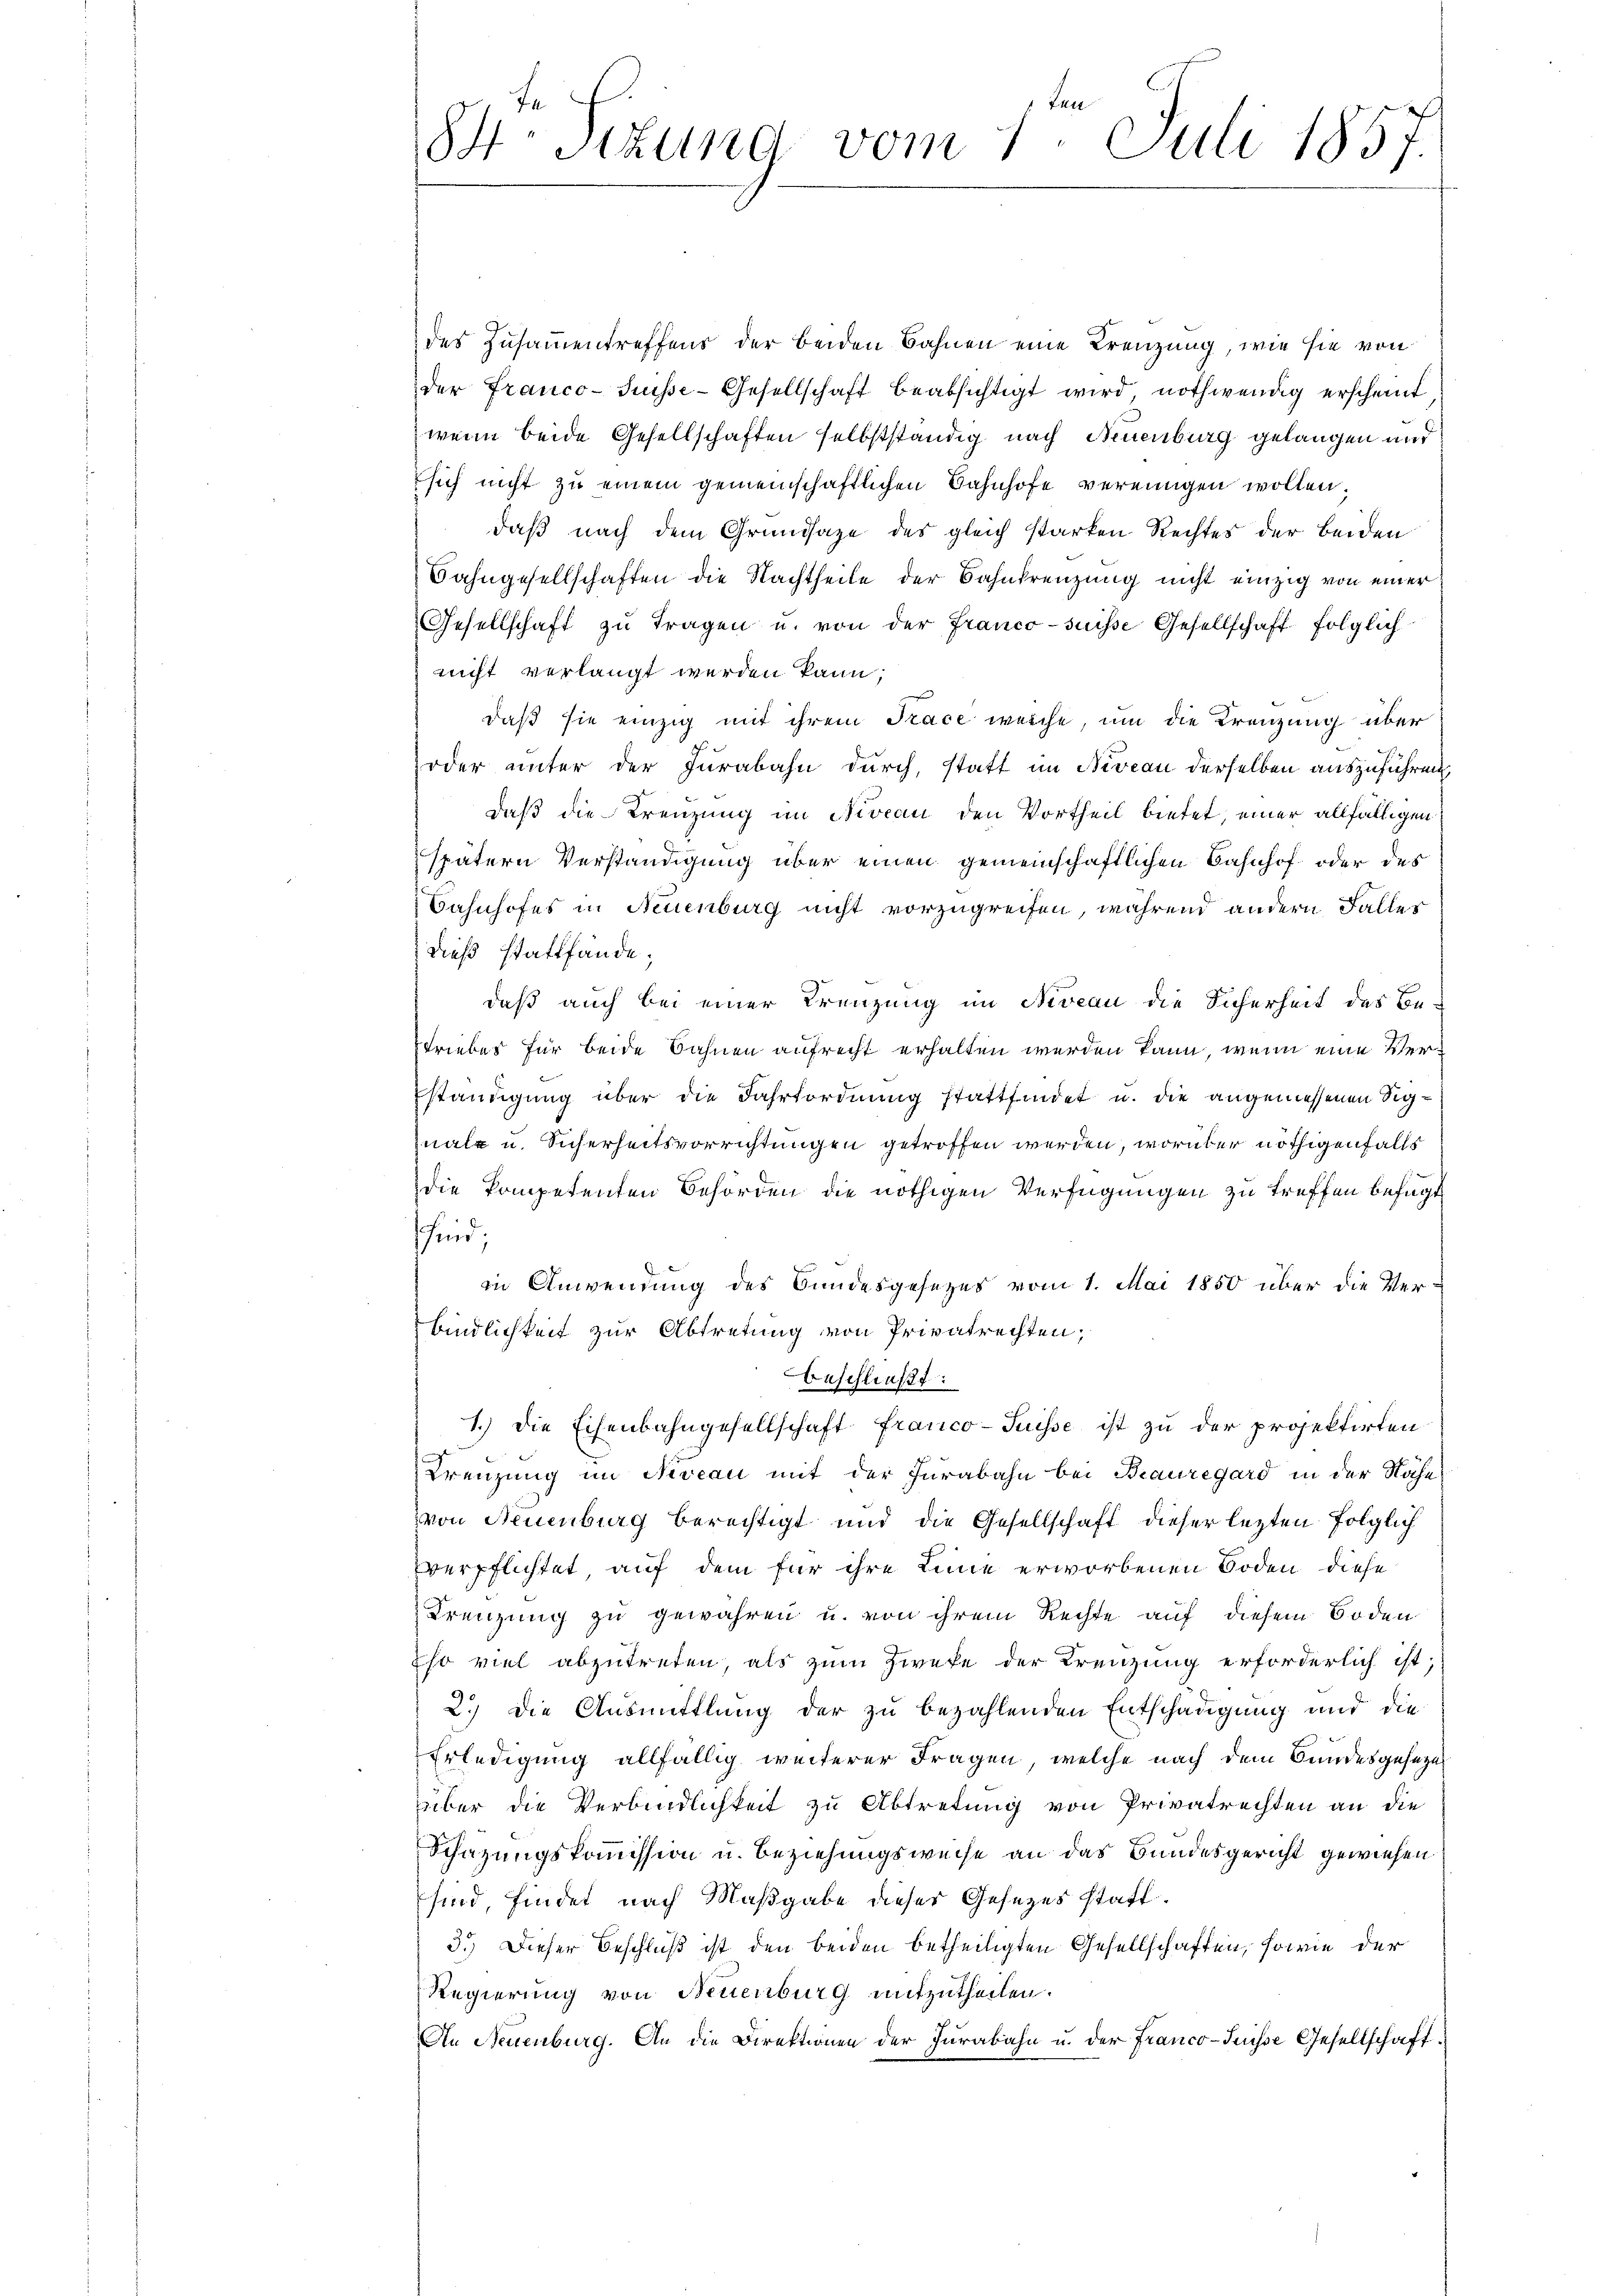
des Zusammentreffens der beiden Bahnen eine Kreuzung, wie sie von
der Franco-Suisse-Gesellschaft beabsichtigt wird, nothwendig erscheint
wenn beide Gesellschaften selbstständig nach Neuenburg gelangen und
sich nicht zu einem gemeinschaftlichen Bahnhofe vereinigen wollen;
daβ nach dem Grundsaze des gleich starken Rechtes der beiden
Bahngesellschaften die Nachtheile der Bahnfrenzung nicht einzig von einer
Gesellschaft zŭ tragen u. von der Franco-suisse Gesellschaft folglich
nicht verlangt werden kann;
daß sie einzig mit ihrem Trace weiche, um die Krenzung über
oder unter der Jurabahn durch, statt im Niveau derselben auszuführen
daß die Trenzung im Niveau den Vortheil bietet, einer allfälligen
spätern Verständigung über einen gemeinschaftlichen Bahnhof oder des
Bahnhofes in Neuenburg nicht vorzugreifen, während andern Falles
dieß stattfände;
daß auch bei einer Kreuzung im Niveau die Sicherheit des Be-
triebes für beide Bahnen aufrecht erhalten werden kann, wenn eine Verständigung über die Fahrtordnung stattfindet u. die angemessenen Signatz u. Sicherheitsvorrichtungen getroffen werden, worüber nöthigenfalls
die kompetenten Behörden die nöthigen Verfügungen zu treffen befügt
sind;
in Anwendung des Bundesgesezes vom 1. Mai 1850 über die Verbindlichkeit zur Abtretung von Privatrechten;
beschließt:
1.) Die Eisenbahngesellschaft franco- Puisse ist zu der projektirten
Kreuzung im Niveau mit der Jurabahn bei Bauregard in der Nähe
von Neuenburg berechtigt und die Gesellschaft dieser lezten folglich
vverpflichtet, auf dem für ihre Linie erworbenen Boden diese
Krenzung zu gewähren u. von ihrem Rechte auf diesem Boden
Eso viel abzutreten, als zum Zweke der Kreuzung erforderlich ist,
2.) Die Ausmittlung der zu bezahlenden Entschädigung und die
Erledigung allfällig weiterer Fragen, welche nach dem Bundesgesetze
über die Verbindlichkeit zu Abtretung von Privatrechten an die
Schazungskommission u. Beziehungsweise an das Bundesgericht gewiesen
sind, findet nach Maßgabe dieser Gesetzes statt¬
3.) Dieser Beschluß ist den beiden betheiligten Gesellschaften, sowie der
Regierung von Neuenburg mitzutheilen.
An Neuenburg. An die Direktionen der Jurabahn u. der Franco-Suisse Gesellschaft.

84 sizung vom 1. Juli 1857.